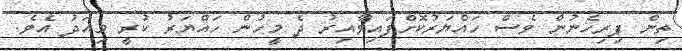
ތިން ފިރިހެނުން ވެސް ހައްޔަރުކޮށްފައިވާއިރު ދެ މީހުން ހައްޔަރު ކުރީ މިއަދު އެވެ.